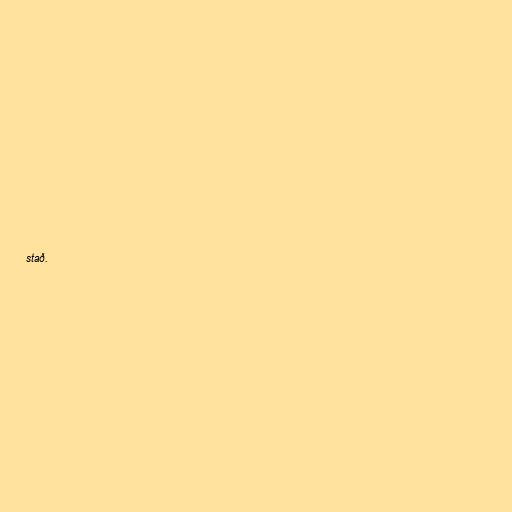
stað.